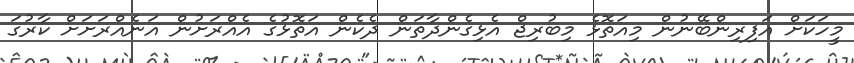
މީހަކަށް އަފިރިންބޭނުން މިއަތޮޅެ މިބުރިޖް އެޅިގެންދާތަން ދެކެން އަތޮޅުގެ އެއްރަށުން އަނެއްރަށަށް ކާރުގަ